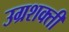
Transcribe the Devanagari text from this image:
उग्रशक्ती